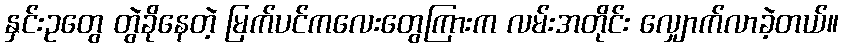
နှင်းဥတွေ တွဲခိုနေတဲ့ မြက်ပင်ကလေးတွေကြားက လမ်းအတိုင်း လျှောက်လာခဲ့တယ်။